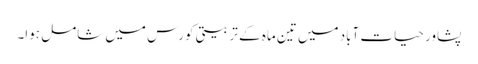
پشاور حیات آباد میں تین ماہ کے تربیتی کورس میں شامل ہوا۔